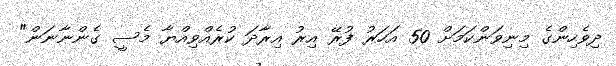
ދިވެހިންގެ މިނިވަންކަމަށް 50 އަހަރު ފުރޭ އިރު އިރާދަ ކުރެއްވިއްޔާ މެސީ ގެންނާނަން"